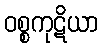
ဝစ္စကုဋိယာ